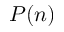
P ( n )